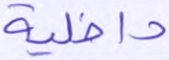
داخلية